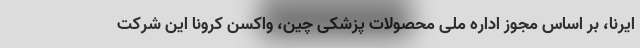
ایرنا، بر اساس مجوز اداره ملی محصولات پزشکی چین، واکسن کرونا این شرکت